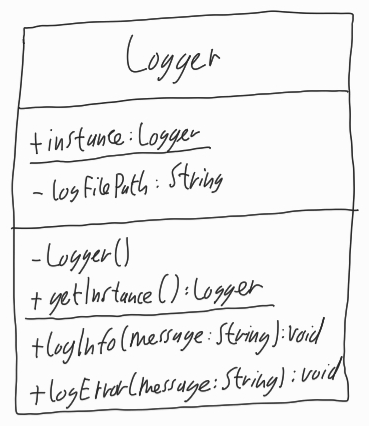
Diagram type: class_diagram
```plantuml
@startuml

class Logger {
  + {static} instance: Logger
  - logFilePath: String
  - Logger()
  + {static} getInstance(): Logger
  + logInfo(message: String): void
  + logError(message: String): void
}

@enduml
```